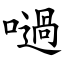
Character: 㗻